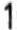
1